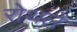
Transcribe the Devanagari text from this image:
रोथले